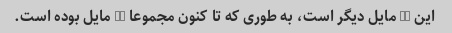
این 15 مایل دیگر است، به طوری که تا کنون مجموعا 22 مایل بوده است.